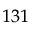
^ { 1 3 1 }